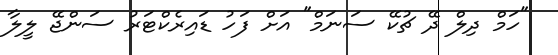
"ހަމް ދިލް ދޭ ޗުކޭ ސަނަމް" އަށް ފަހު ޑައިރެކްޓަރު ސަންޖޭ ލީލާ